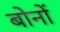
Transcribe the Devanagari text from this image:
बोनों